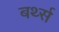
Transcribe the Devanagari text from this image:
बर्थ्स